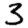
Digit: 3